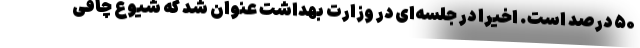
۵۰ درصد است. اخیرا در جلسه‌ای در وزارت بهداشت عنوان شد که شیوع چاقی